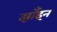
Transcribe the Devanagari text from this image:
झाँइन